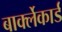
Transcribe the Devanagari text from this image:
बार्क्लेकार्ड